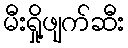
မီးရှို့ဖျက်ဆီး